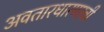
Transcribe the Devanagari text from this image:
अवतारधारणाची